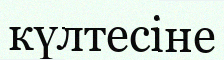
күлтесіне